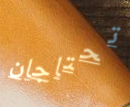
تحتاجان